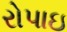
રોપાઇ